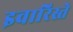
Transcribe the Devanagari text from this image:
इवारिस्ते